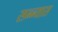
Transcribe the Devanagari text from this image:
सन्न्यास